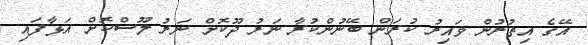
އޭގެ އިތުރުން ވައިރު ކުރަން ބޭނުންކުރާ ނަރު ދޫކޮށް ނަރު ލޫސްކޮށް އަޅާފައި